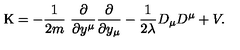
\mathrm { K } = - \frac { 1 } { 2 m } \ \frac { \partial } { \partial y ^ { \mu } } \frac { \partial } { \partial y _ { \mu } } - \frac { 1 } { 2 \lambda } D _ { \mu } D ^ { \mu } + V .